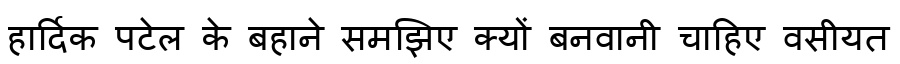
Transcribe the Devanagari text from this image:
हार्दिक पटेल के बहाने समझिए क्यों बनवानी चाहिए वसीयत